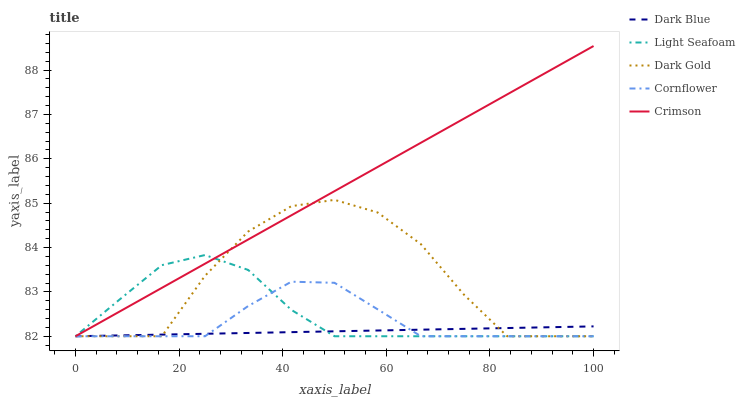
| xaxis_label | Dark Blue | Light Seafoam | Dark Gold | Cornflower | Crimson |
 | --- | --- | --- | --- | --- | --- |
 | 0 | 82 | 82 | 82 | 82 | 82 |
 | 8.33 | 82 | 82.8 | 82 | 82 | 82.5 |
 | 16.7 | 82 | 83.6 | 82 | 82 | 83.1 |
 | 25 | 82.1 | 83.8 | 83.4 | 82 | 83.6 |
 | 33.3 | 82.1 | 83.5 | 84.4 | 82.7 | 84.2 |
 | 41.7 | 82.1 | 82.6 | 84.9 | 83.2 | 84.7 |
 | 50 | 82.1 | 82 | 85.1 | 83.2 | 85.3 |
 | 58.3 | 82.1 | 82 | 84.8 | 82.6 | 85.8 |
 | 66.7 | 82.1 | 82 | 84.1 | 82 | 86.4 |
 | 75 | 82.2 | 82 | 82.9 | 82 | 86.9 |
 | 83.3 | 82.2 | 82 | 82 | 82 | 87.5 |
 | 91.7 | 82.2 | 82 | 82 | 82 | 88 |
 | 100 | 82.2 | 82 | 82 | 82 | 88.5 |